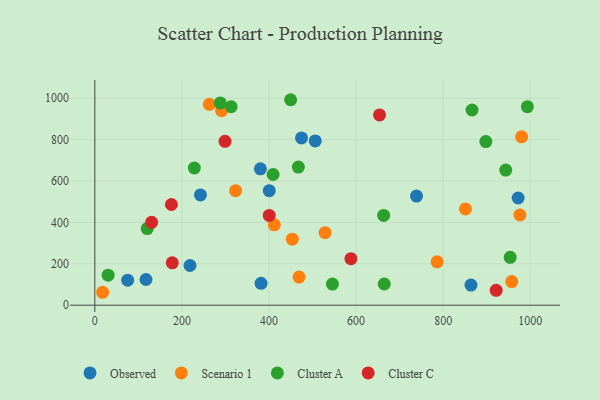
{"axis": {"x": "Price", "y": "Fuel Efficiency"}, "legend": ["Cluster A", "Cluster C", "Observed", "Scenario 1"], "data": [{"x": "380.3", "y": 658.8, "type": "Observed"}, {"x": "474.7", "y": 808.1, "type": "Observed"}, {"x": "863.9", "y": 97.0, "type": "Observed"}, {"x": "117.5", "y": 124.1, "type": "Observed"}, {"x": "400.6", "y": 553.1, "type": "Observed"}, {"x": "381.8", "y": 105.8, "type": "Observed"}, {"x": "506.2", "y": 793.7, "type": "Observed"}, {"x": "75.4", "y": 120.8, "type": "Observed"}, {"x": "218.6", "y": 191.7, "type": "Observed"}, {"x": "738.8", "y": 527.3, "type": "Observed"}, {"x": "242.5", "y": 532.9, "type": "Observed"}, {"x": "972.2", "y": 518.0, "type": "Observed"}, {"x": "957.5", "y": 114.1, "type": "Scenario 1"}, {"x": "851.2", "y": 465.3, "type": "Scenario 1"}, {"x": "976.4", "y": 435.7, "type": "Scenario 1"}, {"x": "469.0", "y": 135.6, "type": "Scenario 1"}, {"x": "453.6", "y": 318.9, "type": "Scenario 1"}, {"x": "786.1", "y": 209.6, "type": "Scenario 1"}, {"x": "17.9", "y": 62.4, "type": "Scenario 1"}, {"x": "263.1", "y": 970.5, "type": "Scenario 1"}, {"x": "980.2", "y": 813.3, "type": "Scenario 1"}, {"x": "291.2", "y": 940.0, "type": "Scenario 1"}, {"x": "323.3", "y": 553.2, "type": "Scenario 1"}, {"x": "412.3", "y": 388.5, "type": "Scenario 1"}, {"x": "528.9", "y": 350.5, "type": "Scenario 1"}, {"x": "898.0", "y": 790.7, "type": "Cluster A"}, {"x": "228.5", "y": 662.9, "type": "Cluster A"}, {"x": "953.9", "y": 231.1, "type": "Cluster A"}, {"x": "409.4", "y": 631.4, "type": "Cluster A"}, {"x": "30.6", "y": 145.2, "type": "Cluster A"}, {"x": "943.7", "y": 652.6, "type": "Cluster A"}, {"x": "288.1", "y": 977.4, "type": "Cluster A"}, {"x": "545.7", "y": 102.0, "type": "Cluster A"}, {"x": "866.3", "y": 943.1, "type": "Cluster A"}, {"x": "663.3", "y": 433.9, "type": "Cluster A"}, {"x": "449.7", "y": 992.7, "type": "Cluster A"}, {"x": "467.4", "y": 667.1, "type": "Cluster A"}, {"x": "993.4", "y": 959.1, "type": "Cluster A"}, {"x": "313.1", "y": 958.7, "type": "Cluster A"}, {"x": "664.7", "y": 102.3, "type": "Cluster A"}, {"x": "120.3", "y": 370.1, "type": "Cluster A"}, {"x": "175.9", "y": 486.4, "type": "Cluster C"}, {"x": "653.9", "y": 919.4, "type": "Cluster C"}, {"x": "588.2", "y": 224.5, "type": "Cluster C"}, {"x": "921.7", "y": 71.9, "type": "Cluster C"}, {"x": "177.8", "y": 204.8, "type": "Cluster C"}, {"x": "130.4", "y": 400.2, "type": "Cluster C"}, {"x": "299.0", "y": 791.9, "type": "Cluster C"}, {"x": "400.5", "y": 433.6, "type": "Cluster C"}]}